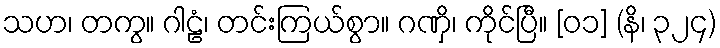
သဟ၊ တကွ။ ဂါဠံ၊ တင်းကြယ်စွာ။ ဂဏှိ၊ ကိုင်ပြီ။ [၀၁] (နိ၊ ၃၂၄)